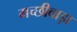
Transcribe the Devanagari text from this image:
मच्छीवाड़ा